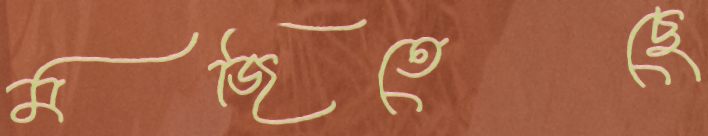
মজিতেছে